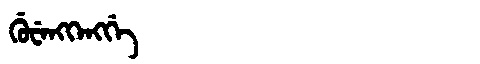
Manchu: ᡤᡠᠸᡝᠩᡴᡝᠩᡤᡝ
Romanization: GUWENGKENGGE